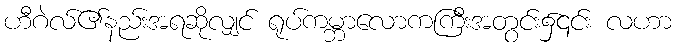
ဟီဂဲလ်၏နည်းအရဆိုလျှင် ရုပ်ကမ္ဘာလောကကြီးအတွင်း၌၎င်း လဟာ